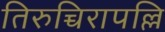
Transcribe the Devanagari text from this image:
तिरुच्चिरापल्लि